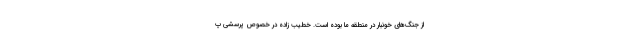
از جنگ‌های خونبار در منطقه ما بوده است. خطیب زاده در خصوص پرسشی پ